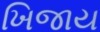
ખિજાય